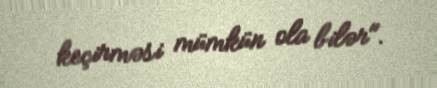
keçirməsi mümkün ola bilər".